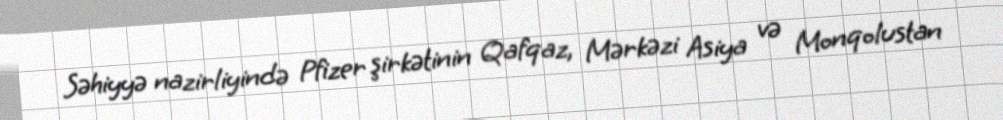
Səhiyyə nazirliyində Pfizer şirkətinin Qafqaz, Mərkəzi Asiya və Monqolustan